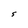
Character: S